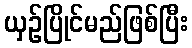
ယှဉ်ပြိုင်မည်ဖြစ်ပြီး